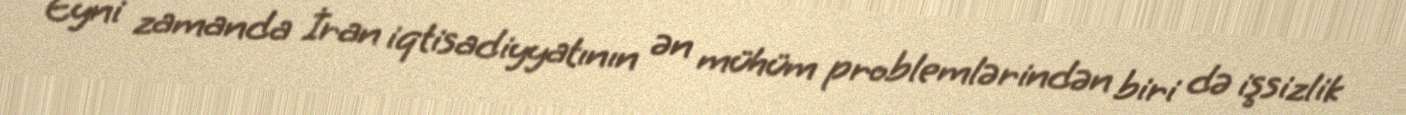
Eyni zamanda İran iqtisadiyyatının ən mühüm problemlərindən biri də işsizlik